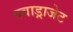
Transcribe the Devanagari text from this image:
क्वाड्राजेट